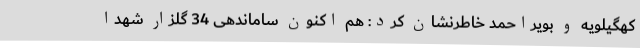
کهگیلویه و بویراحمد خاطرنشان کرد: هم اکنون ساماندهی 34 گلزار شهدا